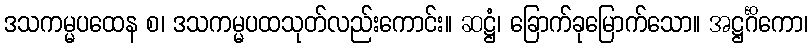
ဒသကမ္မပထေန စ၊ ဒသကမ္မပထသုတ်လည်းကောင်း။ ဆဋ္ဌံ၊ ခြောက်ခုမြောက်သော။ အဋ္ဌင်္ဂိကော၊